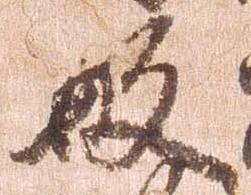
敏